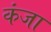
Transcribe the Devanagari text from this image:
कंजा